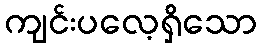
ကျင်းပလေ့ရှိသော